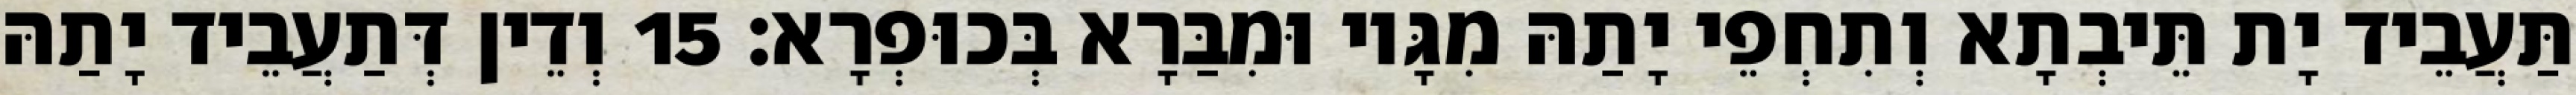
תַּעֲבֵיד יָת תֵּיבְתָא וְתִחְפֵי יָתַהּ מִגָּיו וּמִבַּרָא בְּכוּפְרָא׃ 15 וְדֵין דְּתַעֲבֵיד יָתַהּ